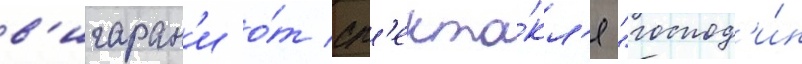
в'игаран'и о́т сп'екта́кл'я "господ'и́н